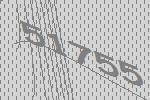
51755